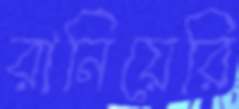
রানিয়েরি